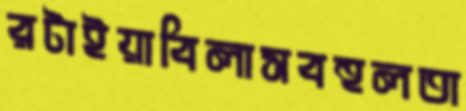
রটাইয়াবিলাসবহুলতা